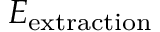
E _ { \mathrm { e x t r a c t i o n } }